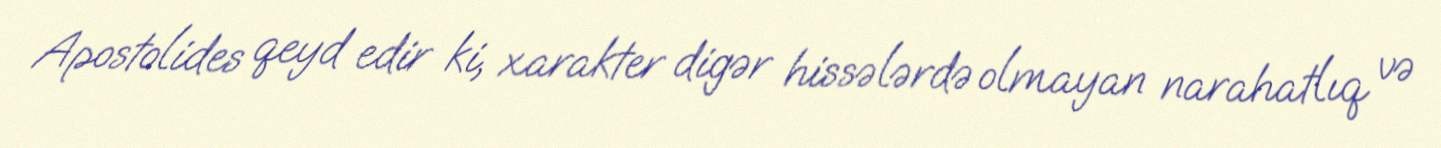
Apostolides qeyd edir ki, xarakter digər hissələrdə olmayan narahatlıq və